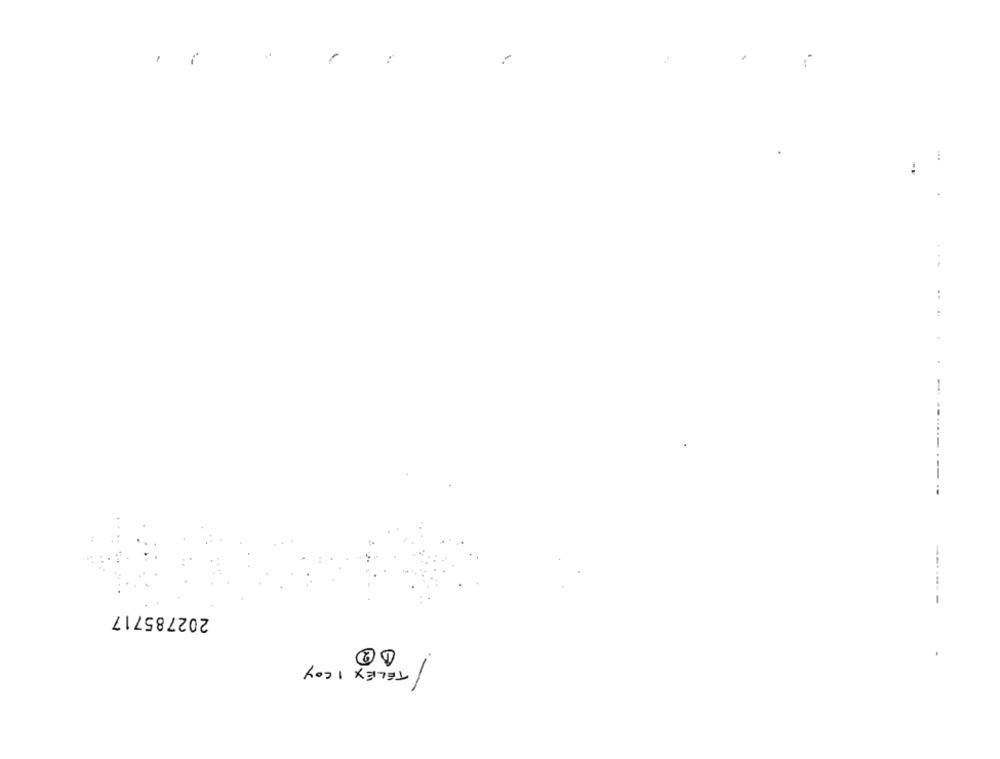
.-----
----.
202785717
--.... -
12
TELEX 1 COY
-